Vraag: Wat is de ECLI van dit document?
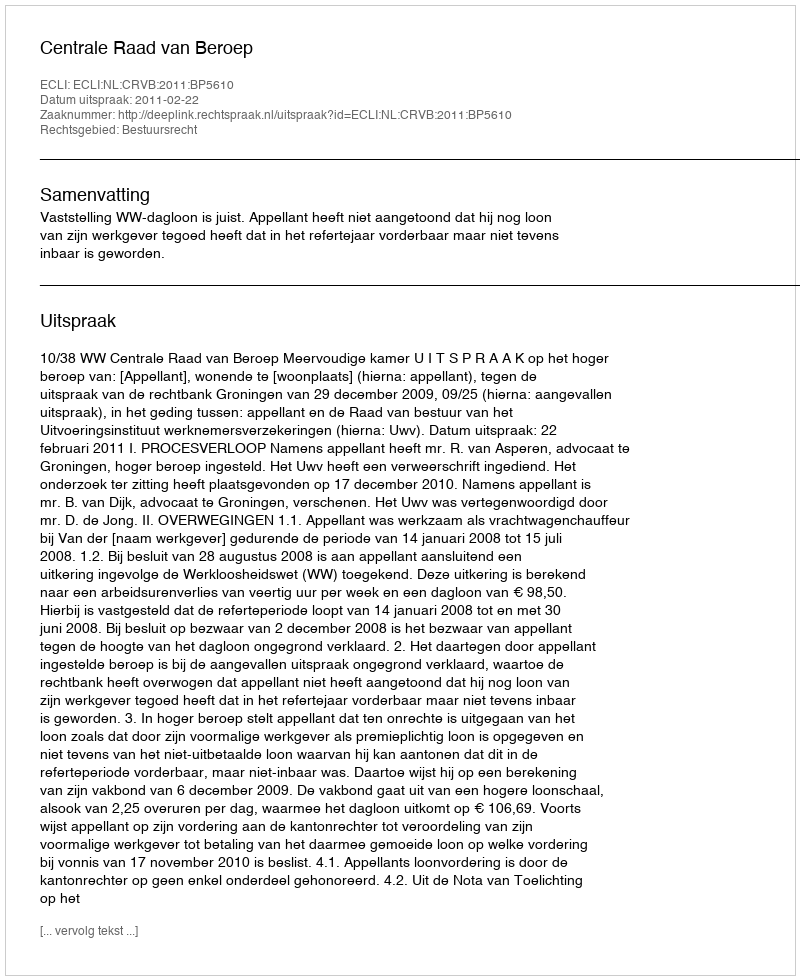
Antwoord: ECLI:NL:CRVB:2011:BP5610